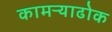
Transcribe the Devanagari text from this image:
कामऱ्याढोक